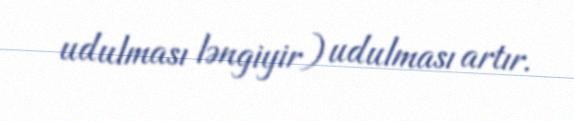
udulması ləngiyir) udulması artır.